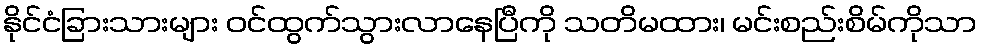
နိုင်ငံခြားသားများ ဝင်ထွက်သွားလာနေပြီကို သတိမထား၊ မင်းစည်းစိမ်ကိုသာ